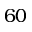
6 0